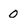
Character: 0